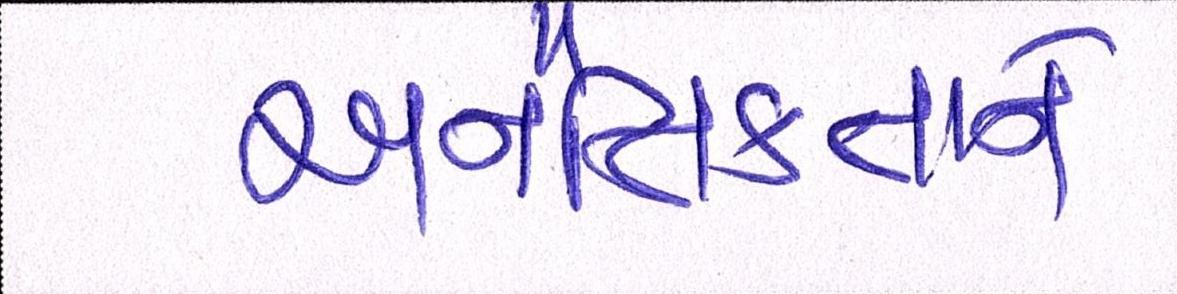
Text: અનૈતિકતાને